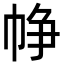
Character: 𢂰